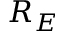
R _ { E }